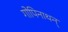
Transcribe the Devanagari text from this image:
गोपिनाथन्